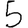
Digit: 5